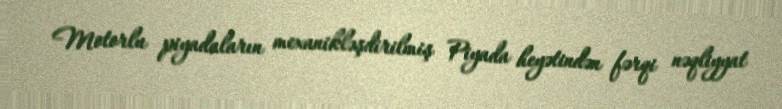
Motorlu piyadaların mexanikləşdirilmiş Piyada heyətindən fərqi nəqliyyat